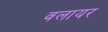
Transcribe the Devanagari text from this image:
वलायर